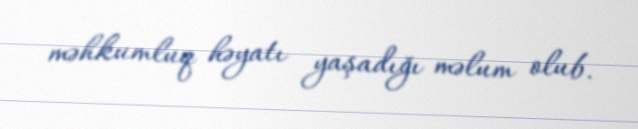
məhkumluq həyatı yaşadığı məlum olub.